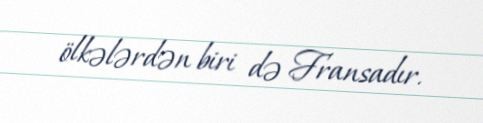
ölkələrdən biri də Fransadır.